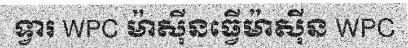
ទ្វារ WPC ម៉ាស៊ីនធ្វើម៉ាស៊ីន WPC